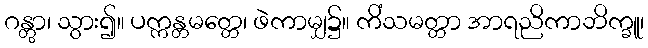
ဂန္တွာ၊ သွား၍။ ပက္ကန္တမတ္တေ၊ ဖဲကာမျှ၌။ ကိံသမတ္တာ အာရညိကာဘိက္ခူ၊